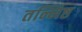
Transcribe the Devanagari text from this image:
तन्निष्ठ